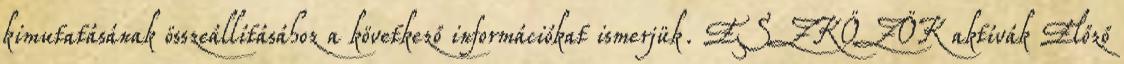
kimutatásának összeállításához a következő információkat ismerjük. ESZKÖZÖK aktívák Előző